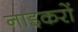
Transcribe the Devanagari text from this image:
नाइकरों